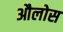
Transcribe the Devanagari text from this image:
औलोस